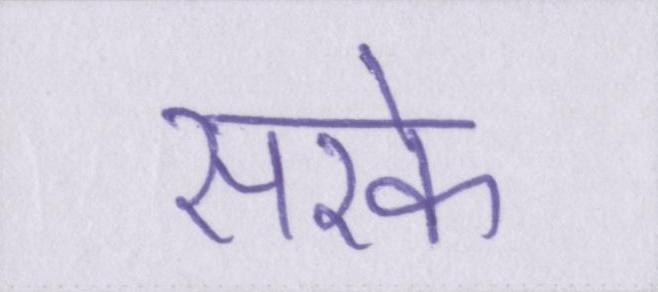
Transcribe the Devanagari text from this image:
सरके